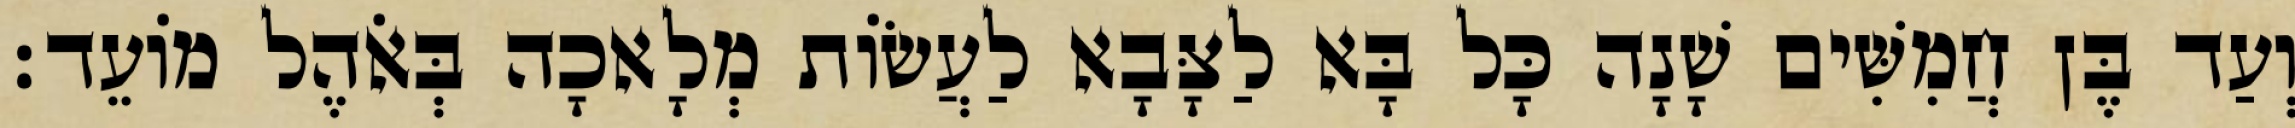
וְעַד בֶּן חֲמִשִּׁים שָׁנָה כָּל בָּא לַצָּבָא לַעֲשׂוֹת מְלָאכָה בְּאֹהֶל מוֹעֵד׃